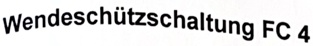
Text: Wendeschützschaltung FC 4